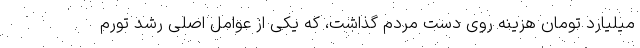
میلیارد تومان هزینه روی دست مردم گذاشت، که یکی از عوامل اصلی رشد تورم